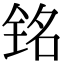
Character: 铭